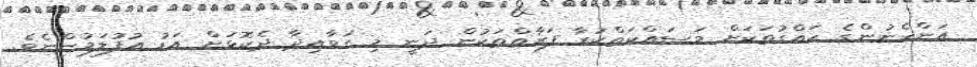
އަންހެނުންގެ ހައްގުތަކަށް މަސައްކަތްކުރާ ފަރާތްތަކުން ދަނީ މި ގަވާއިދާ ދެކޮޅަށް އަޑު އުފުލަމުންނެވެ.